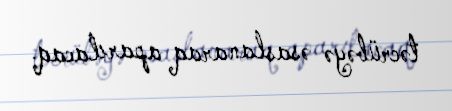
təcrübəyə əsaslanaraq aparılacaq.